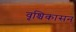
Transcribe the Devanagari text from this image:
वृश्चिकासन